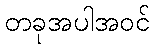
တခုအပါအဝင်